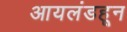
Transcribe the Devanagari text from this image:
आयलंडहून